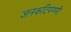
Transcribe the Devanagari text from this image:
जनकटिपण्णी